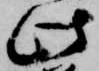
此